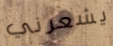
يشعرني